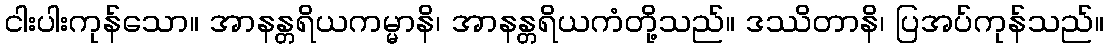
ငါးပါးကုန်သော။ အာနန္တရိယကမ္မာနိ၊ အာနန္တရိယကံတို့သည်။ ဒဿိတာနိ၊ ပြအပ်ကုန်သည်။